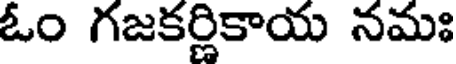
ఓం గజకర్ణికాయ నమః